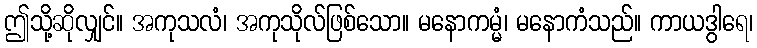
ဤသို့ဆိုလျှင်။ အကုသလံ၊ အကုသိုလ်ဖြစ်သော။ မနောကမ္မံ၊ မနောကံသည်။ ကာယဒွါရေ၊